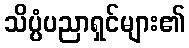
သိပ္ပံပညာရှင်များ၏